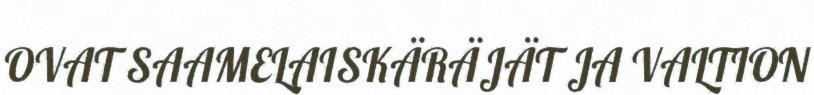
OVAT SAAMELAISKÄRÄJÄT JA VALTION